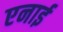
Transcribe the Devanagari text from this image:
एनाई